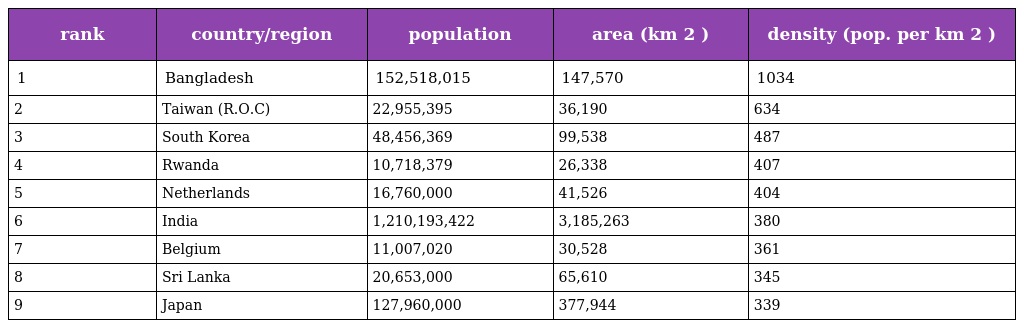
| rank | country/region | population | area (km 2 ) | density (pop. per km 2 ) |
 | --- | --- | --- | --- | --- |
 | 1 | Bangladesh | 152,518,015 | 147,570 | 1034 |
 | 2 | Taiwan (R.O.C) | 22,955,395 | 36,190 | 634 |
 | 3 | South Korea | 48,456,369 | 99,538 | 487 |
 | 4 | Rwanda | 10,718,379 | 26,338 | 407 |
 | 5 | Netherlands | 16,760,000 | 41,526 | 404 |
 | 6 | India | 1,210,193,422 | 3,185,263 | 380 |
 | 7 | Belgium | 11,007,020 | 30,528 | 361 |
 | 8 | Sri Lanka | 20,653,000 | 65,610 | 345 |
 | 9 | Japan | 127,960,000 | 377,944 | 339 |